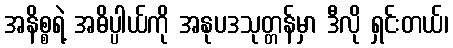
အနိစ္စရဲ့ အဓိပ္ပါယ်ကို အနုပဒသုတ္တန်မှာ ဒီလို ရှင်းတယ်၊